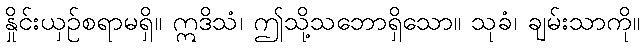
နှိုင်းယှဉ်စရာမရှိ။ ဣဒိသံ၊ ဤသို့သဘောရှိသော။ သုခံ၊ ချမ်းသာကို။